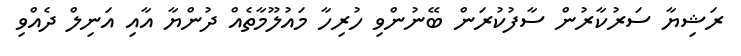
ރަޝިޔާ ސަރުކާރުން ސާފުކުރަން ބޭނުންވި ހުރިހާ މައުލޫމާތެއް ދުންޔާ އާއި އަނިލް ދެއްވި